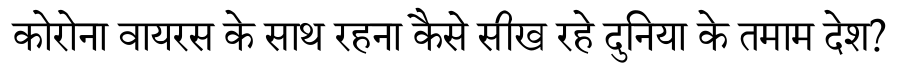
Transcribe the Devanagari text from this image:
कोरोना वायरस के साथ रहना कैसे सीख रहे दुनिया के तमाम देश?